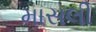
માસલી